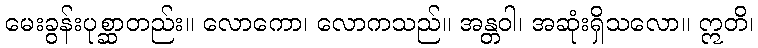
မေးခွန်းပုစ္ဆာတည်း။ လောကော၊ လောကသည်။ အန္တဝါ၊ အဆုံးရှိသလော။ ဣတိ၊